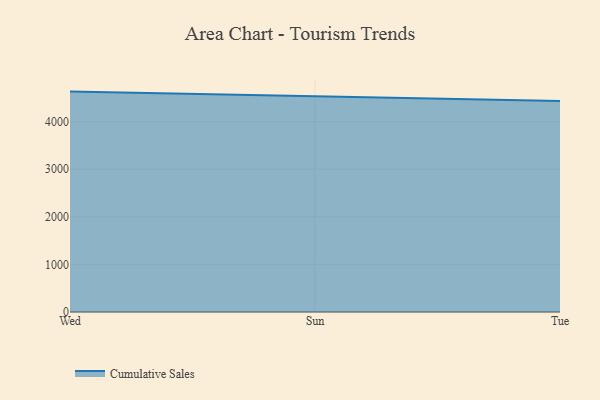
{"axis": {"x": "Day", "y": "Inventory Turnover"}, "legend": ["Cumulative Sales"], "data": [{"x": "Wed", "y": 4633.3, "type": "Cumulative Sales"}, {"x": "Sun", "y": 4535.6, "type": "Cumulative Sales"}, {"x": "Tue", "y": 4437.6, "type": "Cumulative Sales"}]}